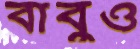
বাবুও